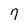
Character: 9